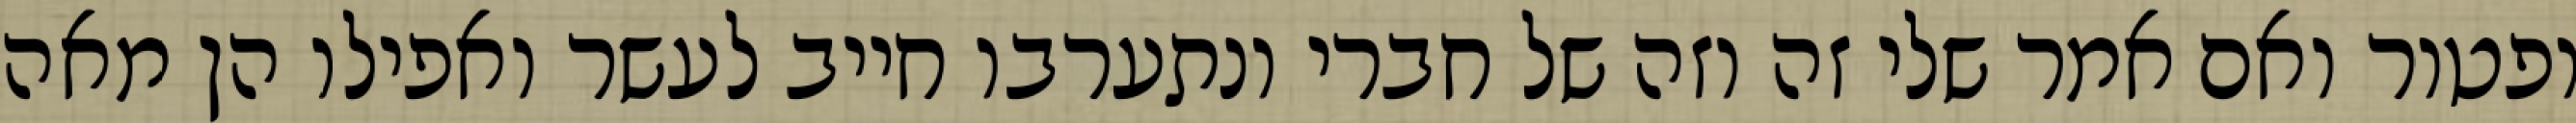
ופטור ואם אמר שלי זה וזה של חברי ונתערבו חייב לעשר ואפילו הן מאה